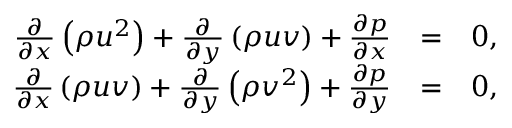
\begin{array} { r l r } { \frac { \partial } { \partial x } \left( \rho u ^ { 2 } \right) + \frac { \partial } { \partial y } \left( \rho u v \right) + \frac { \partial p } { \partial x } } & { = } & { 0 , } \\ { \frac { \partial } { \partial x } \left( \rho u v \right) + \frac { \partial } { \partial y } \left( \rho v ^ { 2 } \right) + \frac { \partial p } { \partial y } } & { = } & { 0 , } \end{array}